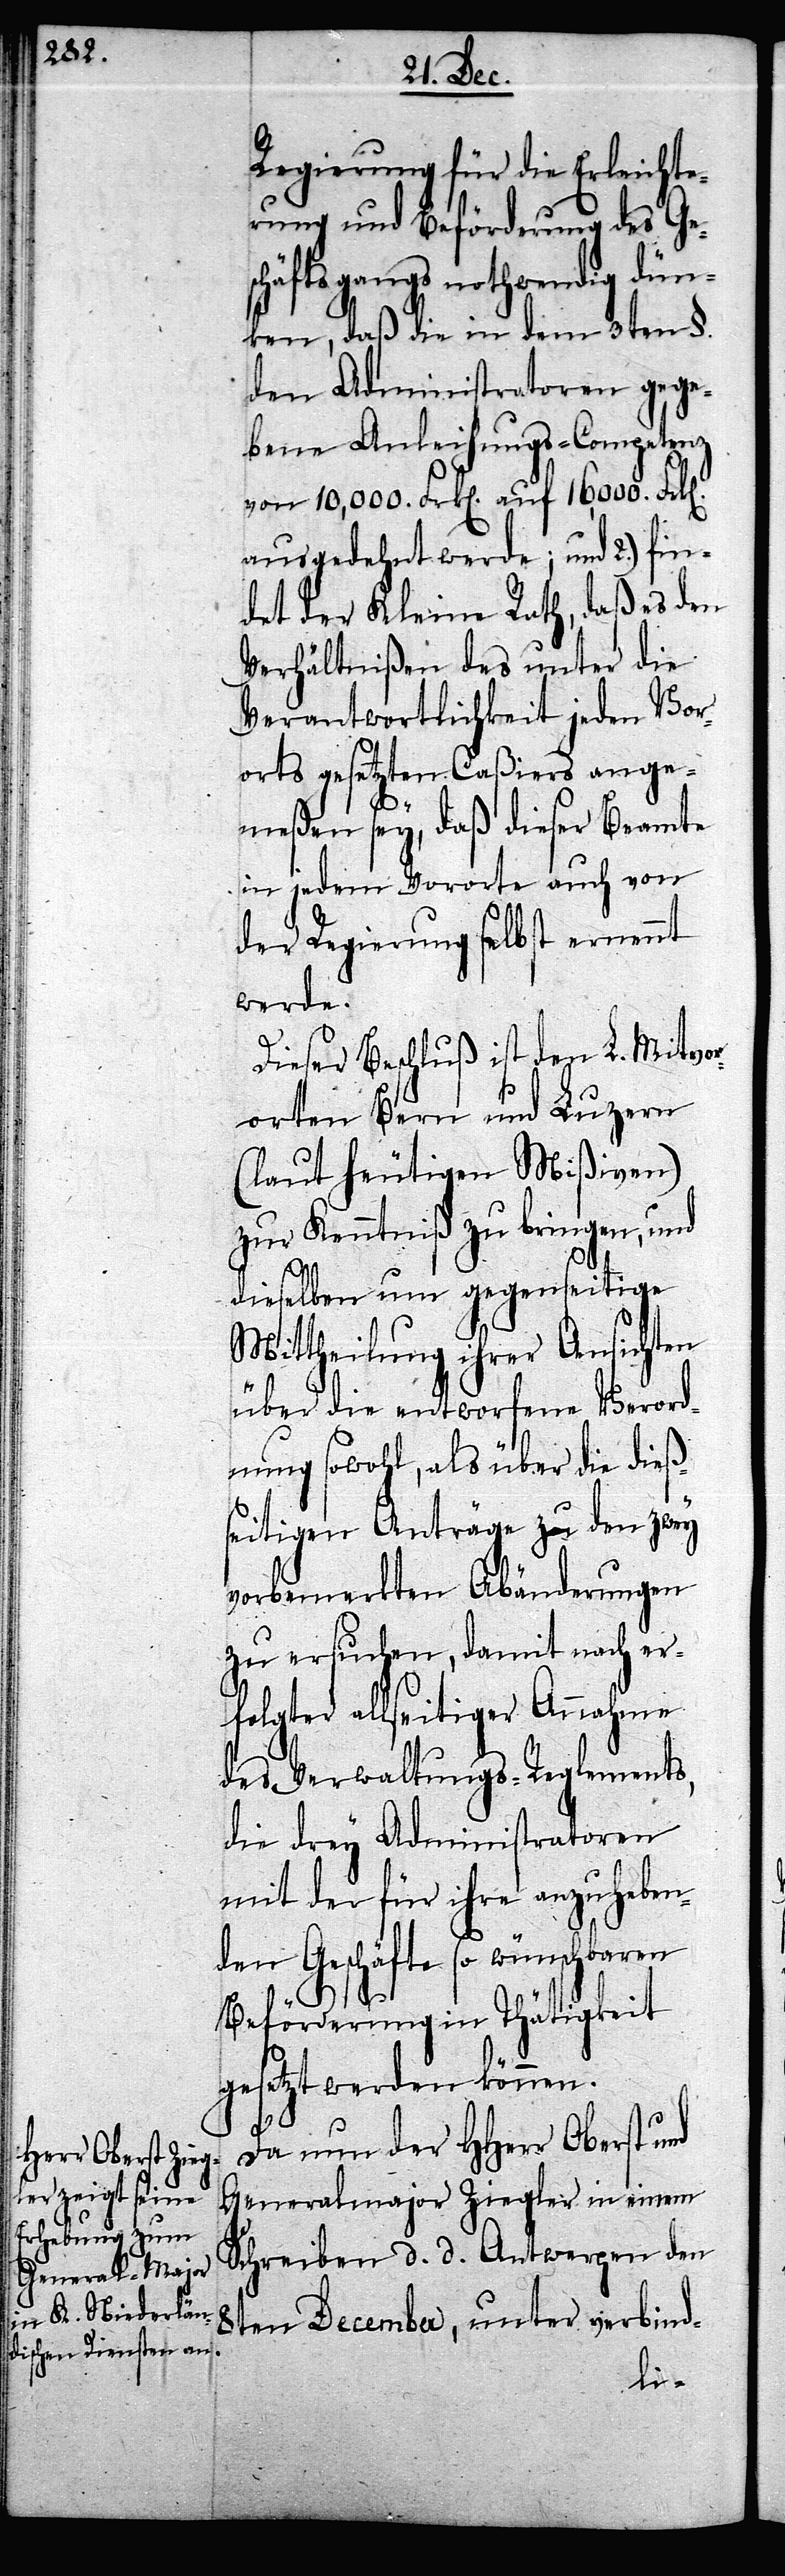
Regierung für die Erleichte¬
rung und Beförderung des Ges¬
chäftsgangs nothwendig dün¬
ken, daß die in dem 3ten §.
den Administratoren gege¬
bene Anleihungs-Competenz
von 10,000. Frk[en]. auf 16,000. Frk[e¬
ausgedehnt werde, und 2.) fin¬
det der Kleine Rath, daß es den
Verhältnißen des unter die
Verantwortlichkeit jeden Vor¬
orts gesetzten Caßiers ange¬
meßen sey, daß dieser Beamte
in jedem Vororte auch von
der Regierung selbst ernennt
werde.
Dieser Beschluß ist den L. Mitvor¬
orten Bern und Luzern
(laut heutigen Mißiven)
zur Kenntiß zu bringen, und
dieselben um gegenseitige
Mittheilung ihrer Ansichten
über die entworfene Verord¬
nung sowohl, als über die dieß¬
eitigen Anträge zu den zwey
vorbemerkten Abänderungen
zu ersuchen, damit nach er¬
folgter allseitiger Annahme
des Verwaltungs-Reglements,
die drey Administratoren
mit der für ihre anzuheben¬
den Geschäfte so wünschbaren
Beförderung in Thätigkeit
gesetzt werden können.
n].
Da nun der HHerr Oberst und
Generalmajor Ziegler in einem
Schreiben d. d. Antwerpen den
8ten December, unter verbind-